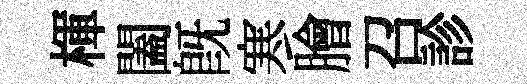
楎闔既寒膾召診